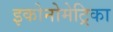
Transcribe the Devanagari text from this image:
इकोनोमेट्रिका